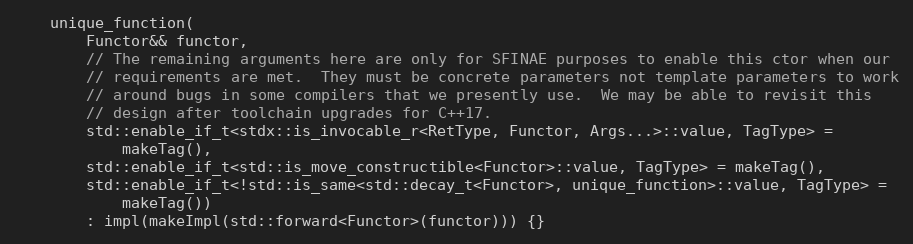
Language: C
    unique_function(
        Functor&& functor,
        // The remaining arguments here are only for SFINAE purposes to enable this ctor when our
        // requirements are met.  They must be concrete parameters not template parameters to work
        // around bugs in some compilers that we presently use.  We may be able to revisit this
        // design after toolchain upgrades for C++17.
        std::enable_if_t<stdx::is_invocable_r<RetType, Functor, Args...>::value, TagType> =
            makeTag(),
        std::enable_if_t<std::is_move_constructible<Functor>::value, TagType> = makeTag(),
        std::enable_if_t<!std::is_same<std::decay_t<Functor>, unique_function>::value, TagType> =
            makeTag())
        : impl(makeImpl(std::forward<Functor>(functor))) {}